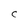
Character: C